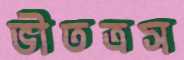
ভীতত্রস